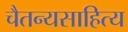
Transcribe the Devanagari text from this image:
चैतन्यसाहित्य